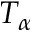
T _ { \alpha }